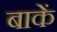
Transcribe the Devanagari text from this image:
बाकें